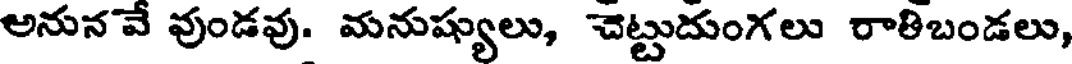
అనునవే వుండవు. మనుష్యులు, చెట్టుదుంగలు రాతిబండలు,